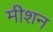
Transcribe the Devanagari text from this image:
मीशन